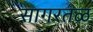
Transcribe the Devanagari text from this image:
सागरतळ